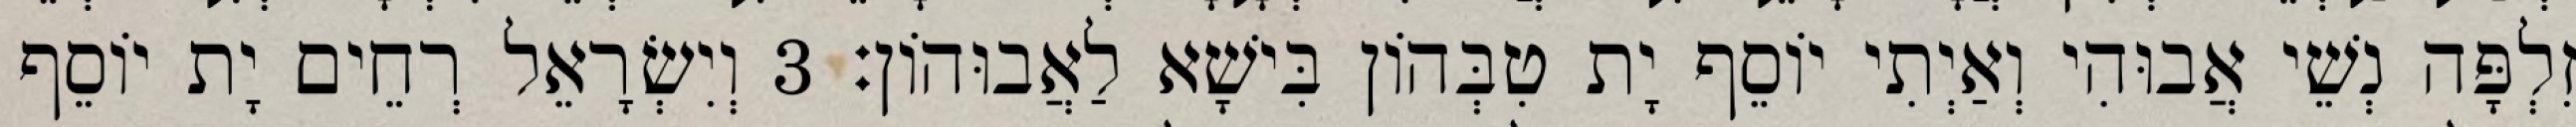
זִלְפָּה נְשֵׁי אֲבוּהִי וְאַיְתִי יוֹסֵף יָת טִבְּהוֹן בִּישָׁא לַאֲבוּהוֹן׃ 3 וְיִשְׂרָאֵל רְחֵים יָת יוֹסֵף